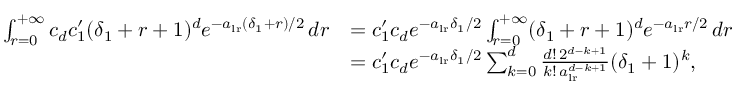
\begin{array} { r l } { \int _ { r = 0 } ^ { + \infty } c _ { d } c _ { 1 } ^ { \prime } ( \delta _ { 1 } + r + 1 ) ^ { d } e ^ { - a _ { \mathrm { l r } } ( \delta _ { 1 } + r ) / 2 } \, d r } & { = c _ { 1 } ^ { \prime } c _ { d } e ^ { - a _ { \mathrm { l r } } \delta _ { 1 } / 2 } \int _ { r = 0 } ^ { + \infty } ( \delta _ { 1 } + r + 1 ) ^ { d } e ^ { - a _ { \mathrm { l r } } r / 2 } \, d r } \\ & { = c _ { 1 } ^ { \prime } c _ { d } e ^ { - a _ { \mathrm { l r } } \delta _ { 1 } / 2 } \sum _ { k = 0 } ^ { d } \frac { d ! \, 2 ^ { d - k + 1 } } { k ! \, a _ { \mathrm { l r } } ^ { d - k + 1 } } ( \delta _ { 1 } + 1 ) ^ { k } , } \end{array}